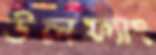
উলফ্যাং